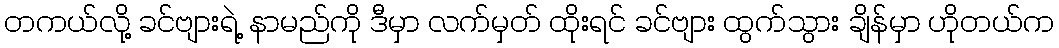
တကယ်လို့ ခင်ဗျားရဲ့ နာမည်ကို ဒီမှာ လက်မှတ် ထိုးရင် ခင်ဗျား ထွက်သွား ချိန်မှာ ဟိုတယ်က